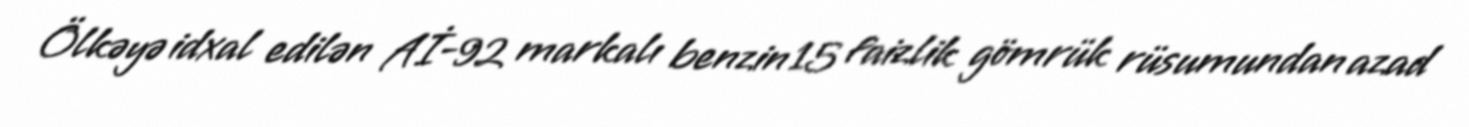
Ölkəyə idxal edilən Aİ-92 markalı benzin 15 faizlik gömrük rüsumundan azad